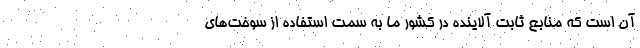
آن است که منابع ثابت آلاینده در کشور ما به سمت استفاده از سوخت‌های